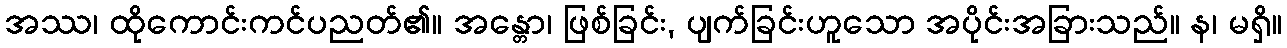
အဿ၊ ထိုကောင်းကင်ပညတ်၏။ အန္တော၊ ဖြစ်ခြင်း, ပျက်ခြင်းဟူသော အပိုင်းအခြားသည်။ န၊ မရှိ။